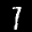
Label: 1